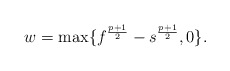
\begin{align*}w=\max\{ f^{\frac{p +1}{2}} - s^{\frac{p+1}{2}} ,0\}.\end{align*}